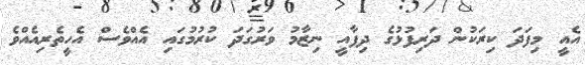
އެއީ މިފަދަ ކިރަކުން ދަރިފުޅުގެ ދިފާއީ ނިޒާމު ވަރުގަދަ ކުރުމުގައި އެއްވެސް އެހީތެރިއެއްވެ